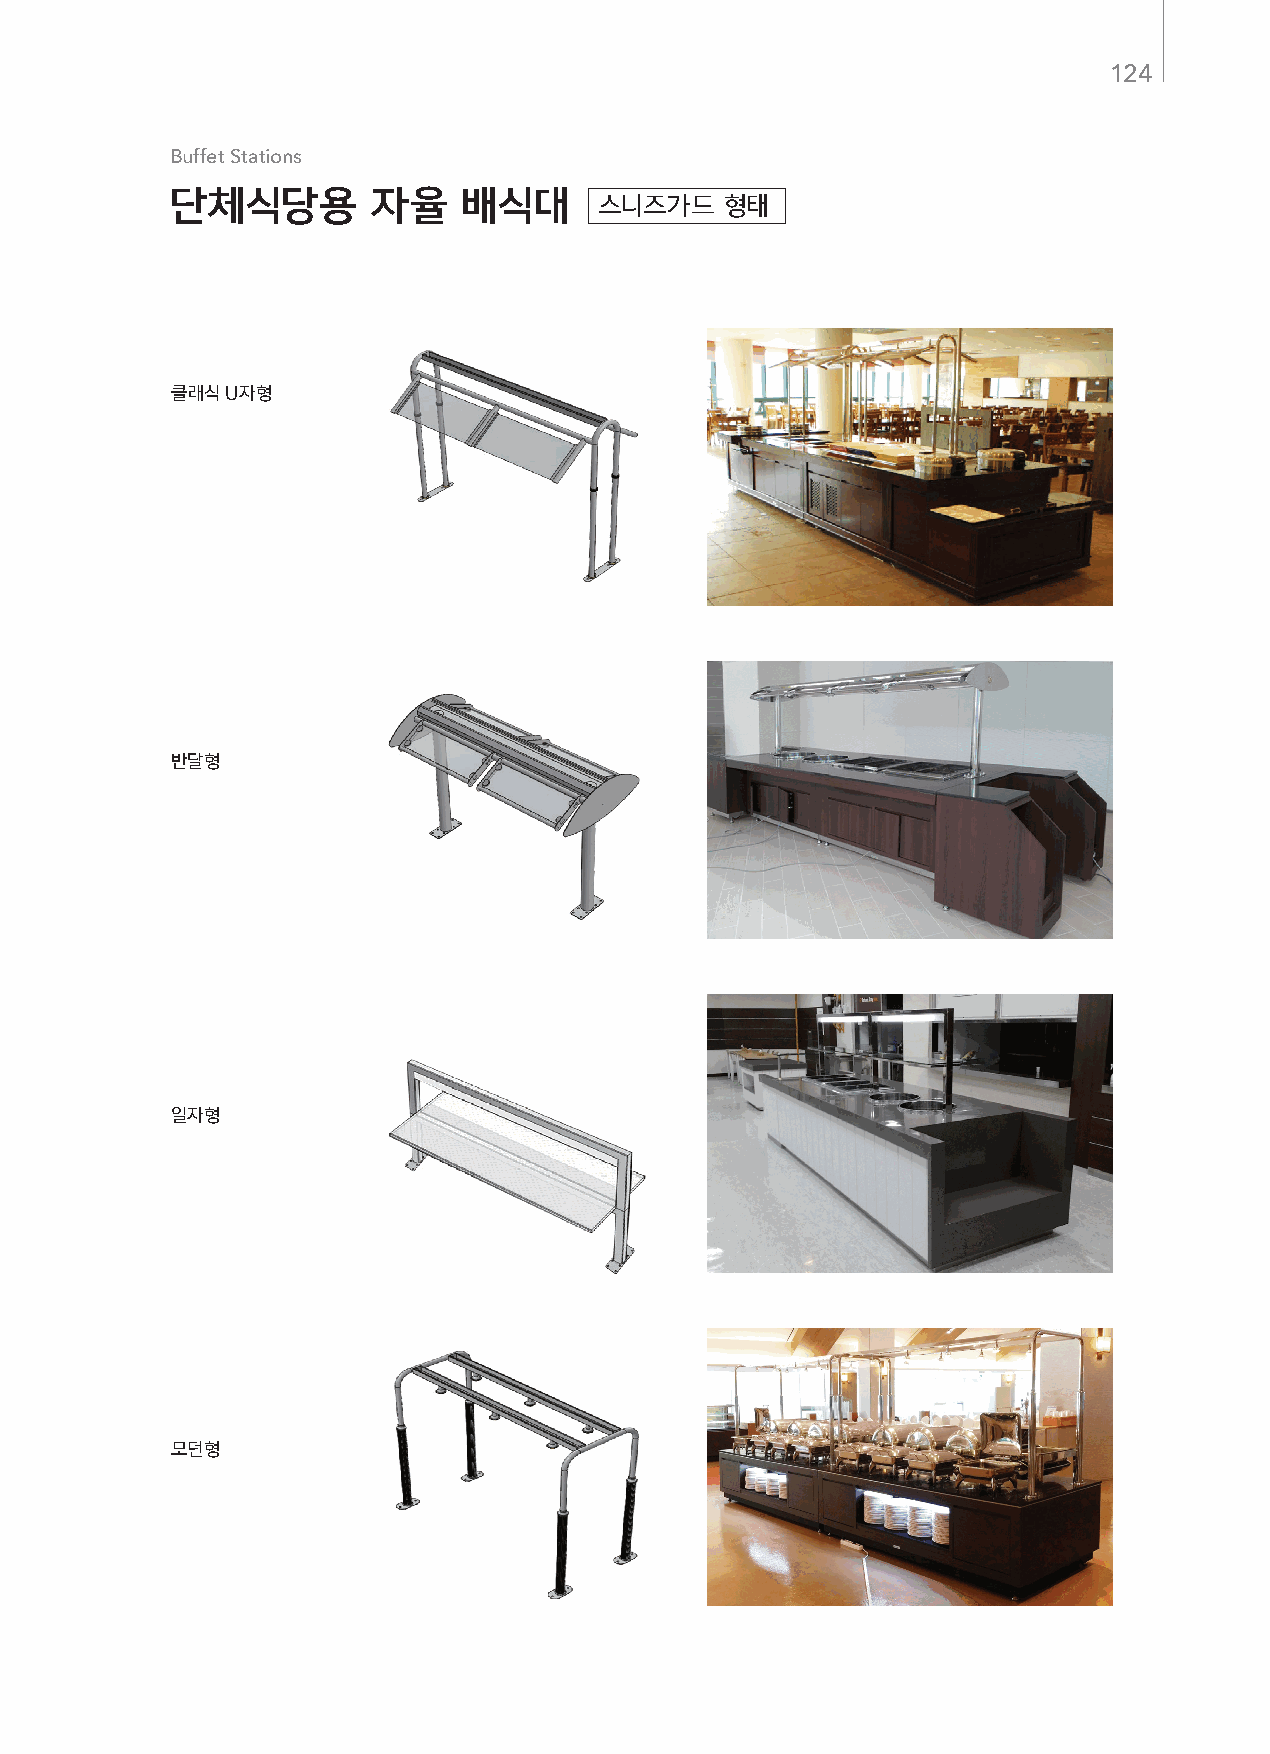
124
 Buffet Stations
 단체식당용         자율    배식대      스니즈가드   형태
 클래식 U자형
 반달형
 일자형
 모던형